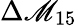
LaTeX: \Delta{\mathscr{M}}_{15}